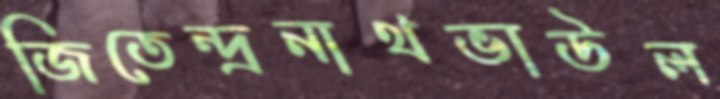
জিতেন্দ্রনাথভাউল